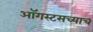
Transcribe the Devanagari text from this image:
ऑगस्टसच्याच